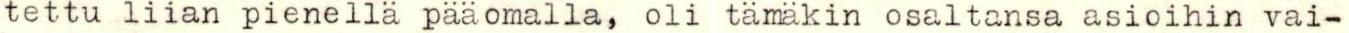
tettu liian pienellä pääomalla, oli tämäkin osaltansa asioihin vai-